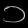
Digit: ၁